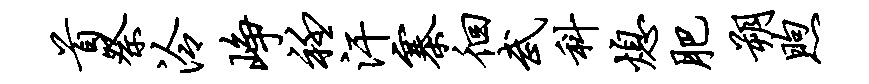
首祭泠峥衽汗寨徊武科熄肥朔煦